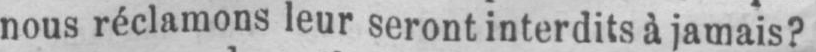
nous réclamons leur seront interdits à jamais?